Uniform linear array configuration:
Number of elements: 8
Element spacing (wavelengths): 0.75
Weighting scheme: hamming
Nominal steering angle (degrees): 0
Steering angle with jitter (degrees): -1.448
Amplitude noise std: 0.05
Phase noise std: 0.05

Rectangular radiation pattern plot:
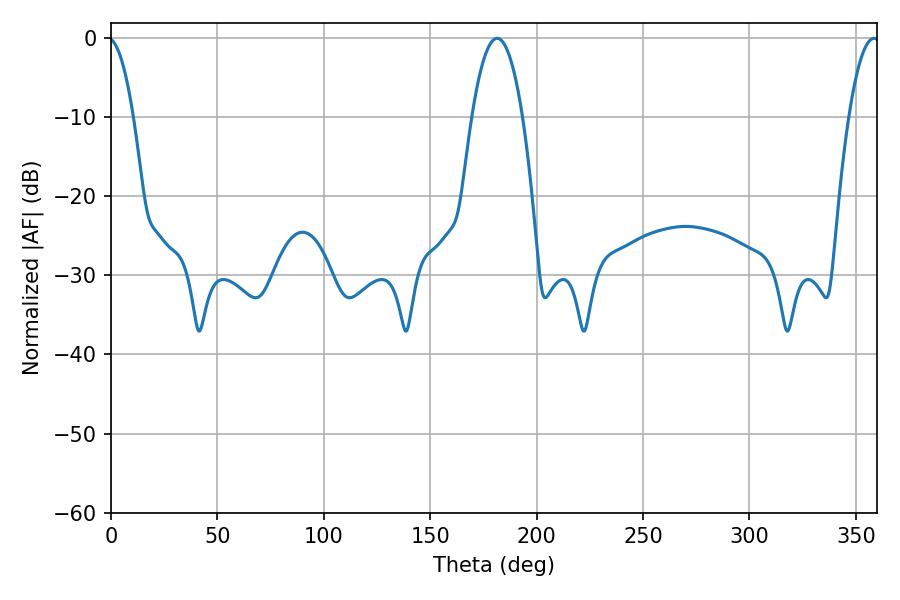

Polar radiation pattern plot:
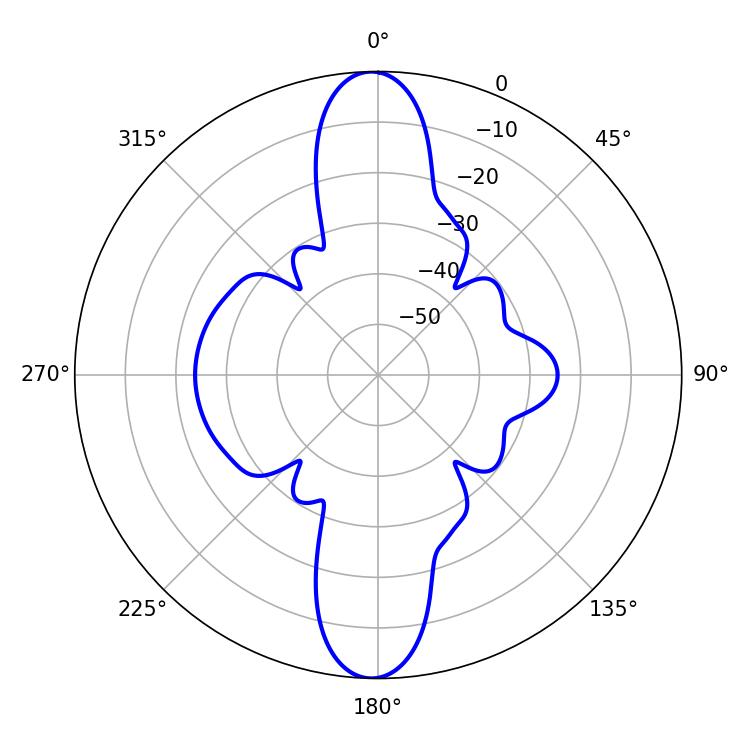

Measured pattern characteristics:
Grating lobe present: TRUE
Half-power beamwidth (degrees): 13.32
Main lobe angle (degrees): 181.44